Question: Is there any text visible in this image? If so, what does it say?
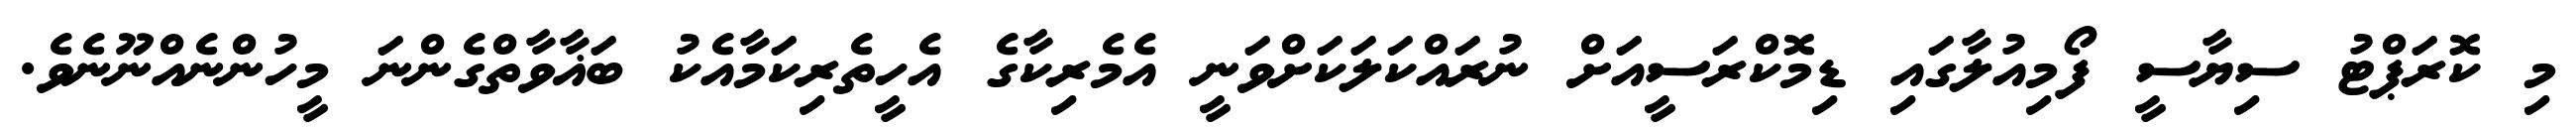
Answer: މި ކޮރަޕްޓު ސިޔާސީ ފޯމިއުލާގައި ޑިމޮކްރަސީއަށް ނުރައްކަލަކަށްވަނީ އެމެރިކާގެ އެހީތެރިކަމާއެކު ބަޣާވާތްގެންނަ މީހުންނެއްނޫނެވެ.